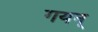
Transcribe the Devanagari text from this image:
गयन्